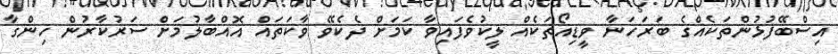
އިސްބޭފުޅުންތަކެއްގެ ބަރަހަނާ ވީޑިއޯތަކެއް ލީކުވެފައިވާ ކަމަށް ދެކެވޭ ވާކަތައް އޮއްބާލުމަށް ސަރުކާރުން ހިންގާ